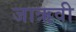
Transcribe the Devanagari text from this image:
जाऋवी